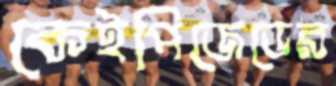
কেইপিজেডের